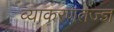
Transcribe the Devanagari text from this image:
व्याकरणतज्‍ज्ञ